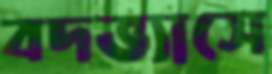
বদভ্যাসে